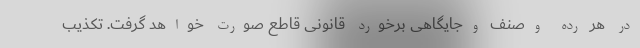
در هر رده وصنف وجایگاهی برخورد قانونی قاطع صورت خواهد گرفت. تکذیب